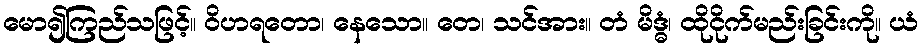
မော၍ကြည်သဖြင့်။ ဝိဟရတော၊ နေသော။ တေ၊ သင်အား။ တံ မိဒ္ဓံ၊ ထိုငိုက်မည်းခြင်းကို။ ယံ